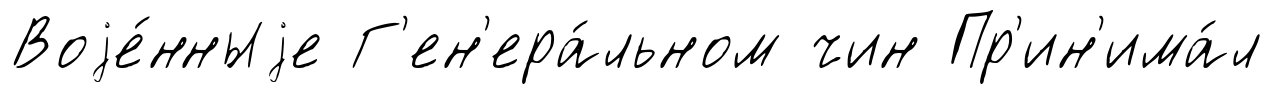
Воjе́нныjе Г'ен'ера́льном чин Пр'ин'има́л